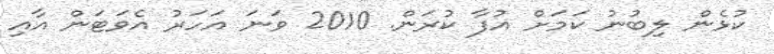
ކުޅެން ލިބުނު ކަމަށް އުފާ ކުރަން. 2010 ވަނަ އަހަރު އެވަޓަން އާއި